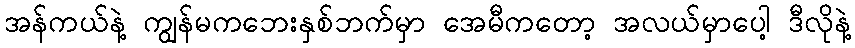
အန်ကယ်နဲ့ ကျွန်မကဘေးနှစ်ဘက်မှာ အေမီကတော့ အလယ်မှာပေါ့ ဒီလိုနဲ့